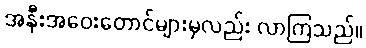
အနီးအဝေးတောင်များမှလည်း လာကြသည်။